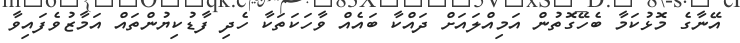
އޭނާގެ މޮޅުކަމާ ބެހޭގޮތުން އަމިއްލަައަށް ދައްކާ ބައެއް ވާހަކަތަކާ ހެދި ފާޑުކިޔުންތައް އަމާޒުވެފައިވާ